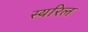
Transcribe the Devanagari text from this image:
स्यरिल